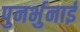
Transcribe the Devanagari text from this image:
पुनर्भुनाई